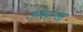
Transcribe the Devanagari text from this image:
अंसाज